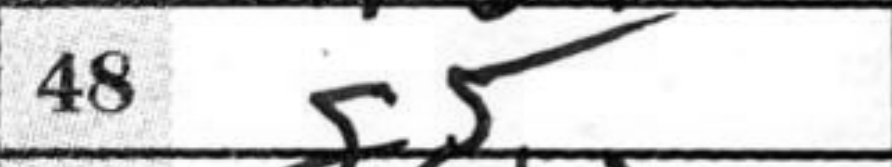
Transcription: g5